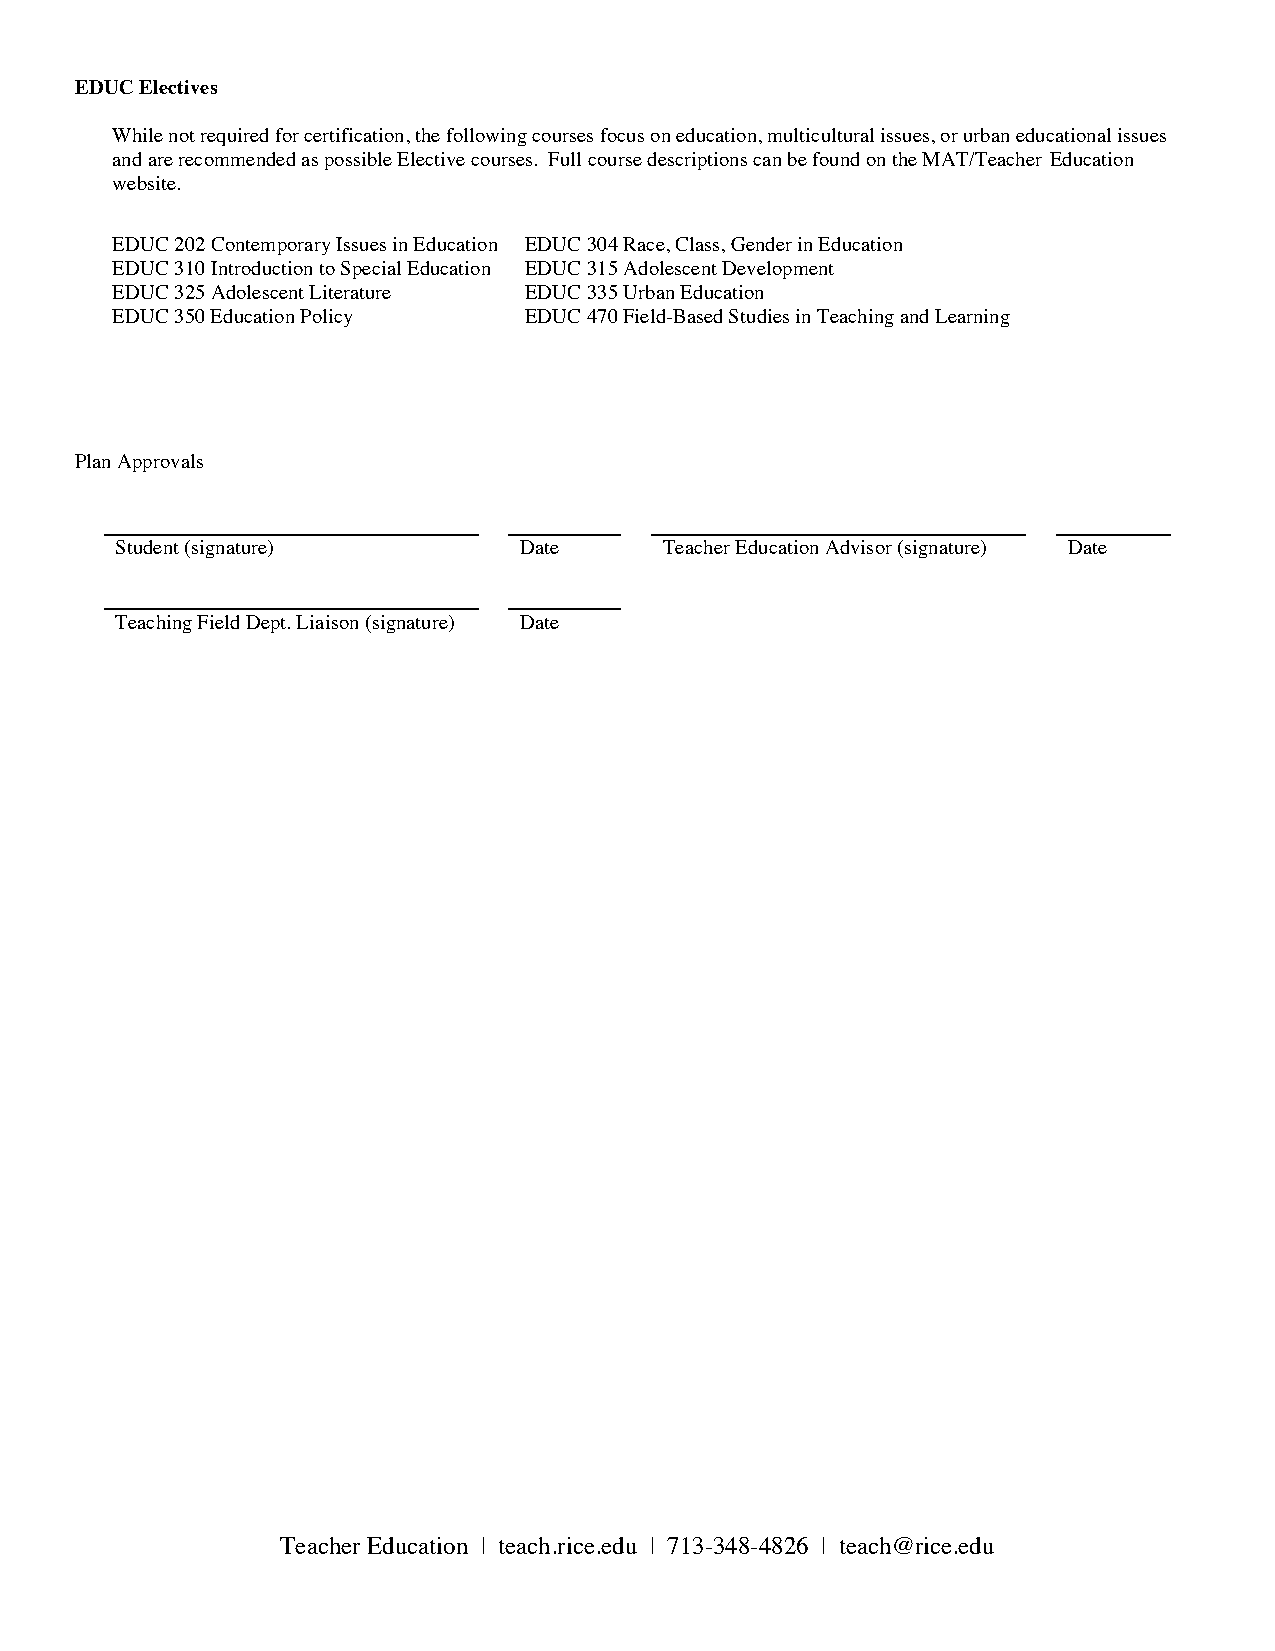
EDUC Electives
 While not required for certification, the following courses focus on education, multicultural issues, or urban educational issues
 and are recommended as possible Elective courses. Full course descriptions can be found on the MAT/Teacher Education
 website.
 EDUC 202 Contemporary Issues in Education EDUC 304 Race, Class, Gender in Education
 EDUC 310 Introduction to Special Education EDUC 315 Adolescent Development
 EDUC 325 Adolescent Literature EDUC 335 Urban Education
 EDUC 350 Education Policy   EDUC 470 Field-Based Studies in Teaching and Learning
 Plan Approvals
 Student (signature)       Date      Teacher Education Advisor (signature) Date
 Teaching Field Dept. Liaison (signature) Date
 Teacher Education | teach.rice.edu | 713-348-4826 | teach@rice.edu